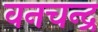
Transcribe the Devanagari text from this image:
वनचन्द्र